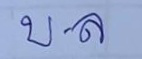
บ.ล